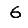
Digit: 6